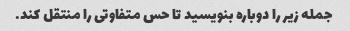
جمله زیر را دوباره بنویسید تا حس متفاوتی را منتقل کند.